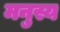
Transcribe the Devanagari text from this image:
मनुस्य